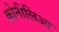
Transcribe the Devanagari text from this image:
क्रोनीलिआ